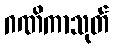
ဂဏိကာသုတ်